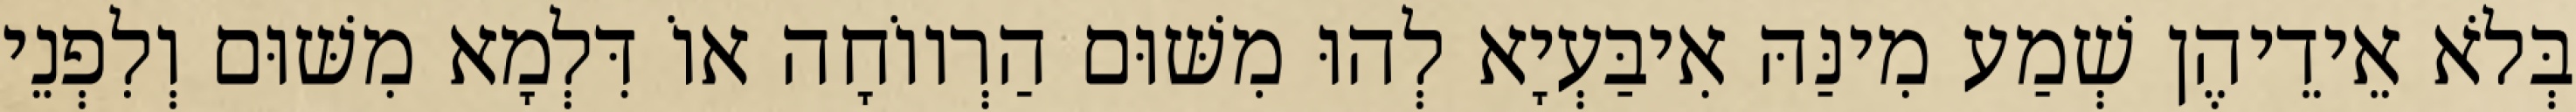
בְּלֹא אֵידֵיהֶן שְׁמַע מִינַּהּ אִיבַּעְיָא לְהוּ מִשּׁוּם הַרְווֹחָה אוֹ דִּלְמָא מִשּׁוּם וְלִפְנֵי